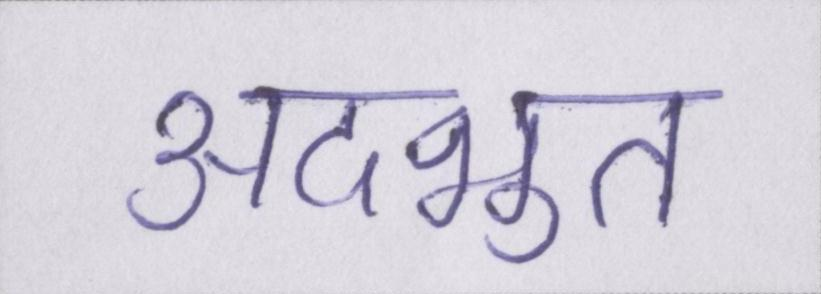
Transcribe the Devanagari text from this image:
अदभुत